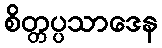
စိတ္တပ္ပသာဒေန